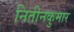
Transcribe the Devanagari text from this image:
नितीनकुमार